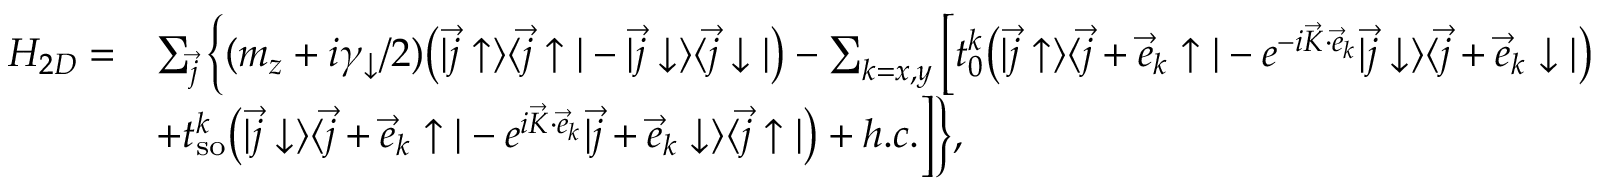
\begin{array} { r l } { H _ { 2 D } = } & { \sum _ { \vec { j } } \Big \{ ( m _ { z } + i \gamma _ { \downarrow } / 2 ) \bigr ( | \vec { j } \uparrow \rangle \langle \vec { j } \uparrow | - | \vec { j } \downarrow \rangle \langle \vec { j } \downarrow | \bigr ) - \sum _ { k = x , y } \Big [ t _ { 0 } ^ { k } \bigr ( | \vec { j } \uparrow \rangle \langle \vec { j } + \vec { e } _ { k } \uparrow | - e ^ { - i \vec { K } \cdot \vec { e } _ { k } } | \vec { j } \downarrow \rangle \langle \vec { j } + \vec { e } _ { k } \downarrow | \bigr ) } \\ & { + t _ { \mathrm { s o } } ^ { k } \bigr ( | \vec { j } \downarrow \rangle \langle \vec { j } + \vec { e } _ { k } \uparrow | - e ^ { i \vec { K } \cdot \vec { e } _ { k } } | \vec { j } + \vec { e } _ { k } \downarrow \rangle \langle \vec { j } \uparrow | \bigr ) + h . c . \Big ] \Big \} , } \end{array}